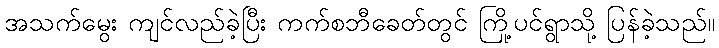
အသက်မွေး ကျင်လည်ခဲ့ပြီး ကက်စဘီခေတ်တွင် ကြို့ပင်ရွာသို့ ပြန်ခဲ့သည်။